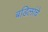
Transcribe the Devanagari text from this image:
बडिलांचे